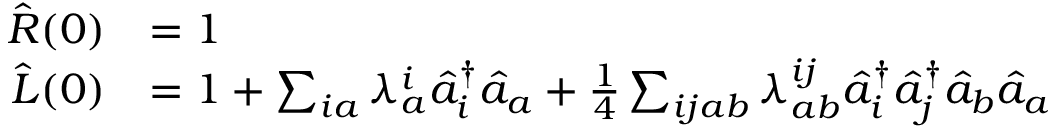
\begin{array} { r l } { \hat { R } ( 0 ) } & { = 1 } \\ { \hat { L } ( 0 ) } & { = 1 + \sum _ { i a } \lambda _ { a } ^ { i } \hat { a } _ { i } ^ { \dagger } \hat { a } _ { a } + \frac { 1 } { 4 } \sum _ { i j a b } \lambda _ { a b } ^ { i j } \hat { a } _ { i } ^ { \dagger } \hat { a } _ { j } ^ { \dagger } \hat { a } _ { b } \hat { a } _ { a } } \end{array}